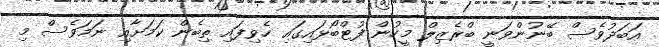
އަބަދުވެސް ބޭނުންވަނީ ބްރެޒިލް މީހުން ފުޓްބޯޅައިގައި ހެވިފައި ތިބެން ކަމަށާއި ނަމަވެސް މި